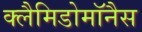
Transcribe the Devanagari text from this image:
क्लैमिडोमॉनैस